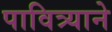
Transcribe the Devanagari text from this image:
पावित्र्याने